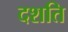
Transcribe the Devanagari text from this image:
दशति